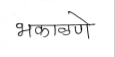
मजकूर: भकाळणे